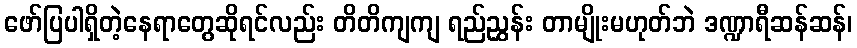
ဖော်ပြပါရှိတဲ့နေရာတွေဆိုရင်လည်း တိတိကျကျ ရည်ညွှန်း တာမျိုးမဟုတ်ဘဲ ဒဏ္ဍာရီဆန်ဆန်၊